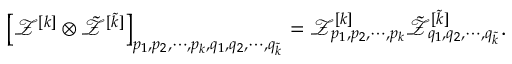
\left[ \mathcal { Z } ^ { [ k ] } \otimes \tilde { \mathcal { Z } } ^ { [ \tilde { k } ] } \right] _ { p _ { 1 } , p _ { 2 } , \cdots , p _ { k } , q _ { 1 } , q _ { 2 } , \cdots , q _ { \tilde { k } } } = \mathcal { Z } _ { p _ { 1 } , p _ { 2 } , \cdots , p _ { k } } ^ { [ k ] } \tilde { \mathcal { Z } } _ { q _ { 1 } , q _ { 2 } , \cdots , q _ { \tilde { k } } } ^ { [ \tilde { k } ] } .